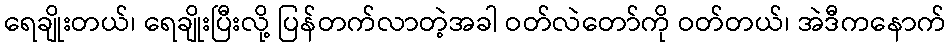
ရေချိုးတယ်၊ ရေချိုးပြီးလို့ ပြန်တက်လာတဲ့အခါ ဝတ်လဲတော်ကို ဝတ်တယ်၊ အဲဒီကနောက်